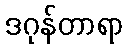
ဒဂုန်တာရာ